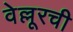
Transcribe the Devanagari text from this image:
वेल्लूरची